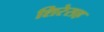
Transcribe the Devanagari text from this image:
शिरेसह